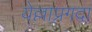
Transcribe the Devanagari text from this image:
येल्लाप्रगदा